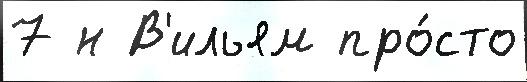
7 н В'ильям про́сто